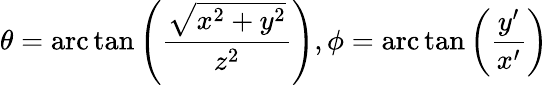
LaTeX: \theta=\mathrm{arc}\tan\left(\frac{\sqrt{x^{2}+y^{2}}}{z^{2}}\right),\phi=\mathrm{arc}\tan\left(\frac{y^{\prime}}{x^{\prime}}\right)